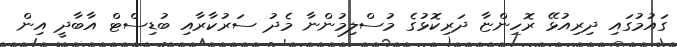
ގައުމުގައި ދިރިއުޅޭ ރޮހިންޏާ ދަރިކޮޅުގެ މުސްލިމުންނާ މެދު ސަރުކާރާއި ބުޑިސްޓް އާބާދީ އިން